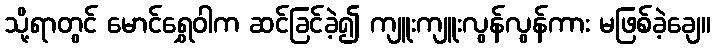
သို့ရာတွင် မောင်ရွှေဝါက ဆင်ခြင်ခဲ့၍ ကျူးကျူးလွန်လွန်ကား မဖြစ်ခဲ့ချေ။